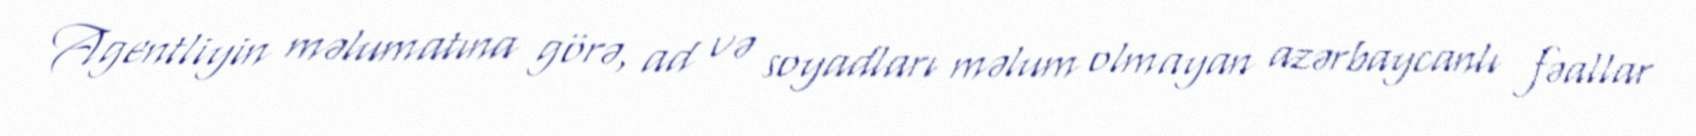
Agentliyin məlumatına görə, ad və soyadları məlum olmayan azərbaycanlı fəallar